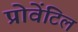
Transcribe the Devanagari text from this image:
प्रोवेंटिल